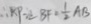
\therefore K P = B F = \frac { 1 } { 2 } A B